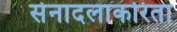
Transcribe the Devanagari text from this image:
सेनादलाकरिता